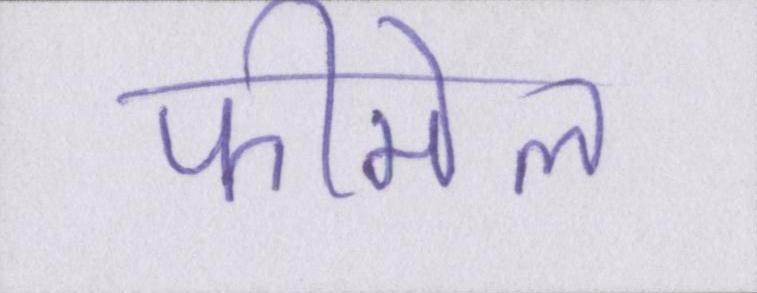
फीमेल